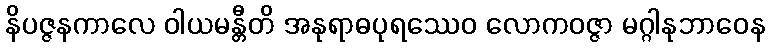
နိပဇ္ဇနကာလေ ဝါယမန္တီတိ အနုရာဓပုရဿေဝ လောကဝဇ္ဇာ မဂ္ဂါနုဘာဝေန